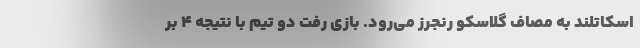
اسکاتلند به مصاف گلاسکو رنجرز می‌رود. بازی رفت دو تیم با نتیجه ۴ بر